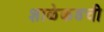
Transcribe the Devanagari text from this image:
शाळेकडची